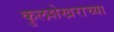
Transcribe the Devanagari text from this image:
कुलशेखराच्या